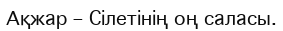
Ақжар – Сілетінің оң саласы.